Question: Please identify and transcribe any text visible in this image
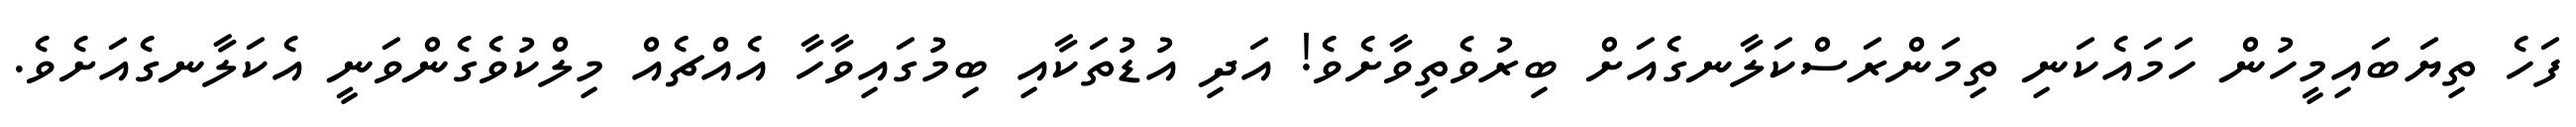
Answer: ފަހެ ތިޔަބައިމީހުން ހަމައެކަނި ތިމަންރަސްކަލާނގެއަށް ބިރުވެތިވާށެވެ! އަދި އުޑުތަކާއި ބިމުގައިވާހާ އެއްޗެއް މިލްކުވެގެންވަނީ އެކަލާނގެއަށެވެ.